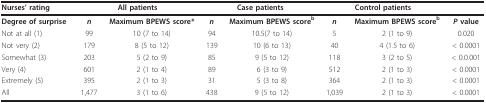
| Nurses' rating | <COLSPAN=2> All patients | <COLSPAN=2> Case patients | <COLSPAN=2> Control patients |  |
 | --- | --- | --- | --- | --- | --- | --- | --- |
 | Degree of surprise | n | Maximum BPEWS score* | n | Maximum BPEWS scoreb | n | Maximum BPEWS scoreb | P value |
 | Not at all (1) | 99 | 10 (7 to 14) | 94 | 10.5(7 to 14) | 5 | 2 (1 to 9) | 0.020 |
 | Not very (2) | 179 | 8 (5 to 12) | 139 | 10 (6 to 13) | 40 | 4 (1.5 to 6) | < 0.0001 |
 | Somewhat (3) | 203 | 5 (2 to 9) | 85 | 9 (5 to 12) | 118 | 3 (2 to 5) | < 0.0.001 |
 | Very (4) | 601 | 2 (1 to 4) | 89 | 6 (3 to 9) | 512 | 2 (1 to 3) | < 0.0001 |
 | Extremely (5) | 395 | 2 (1 to 3) | 31 | 5 (3 to 8) | 364 | 2 (1 to 3) | < 0.0001 |
 | All | 1,477 | 3 (1 to 6) | 438 | 9 (5 to 12) | 1,039 | 2 (1 to 3) | < 0.0001 |